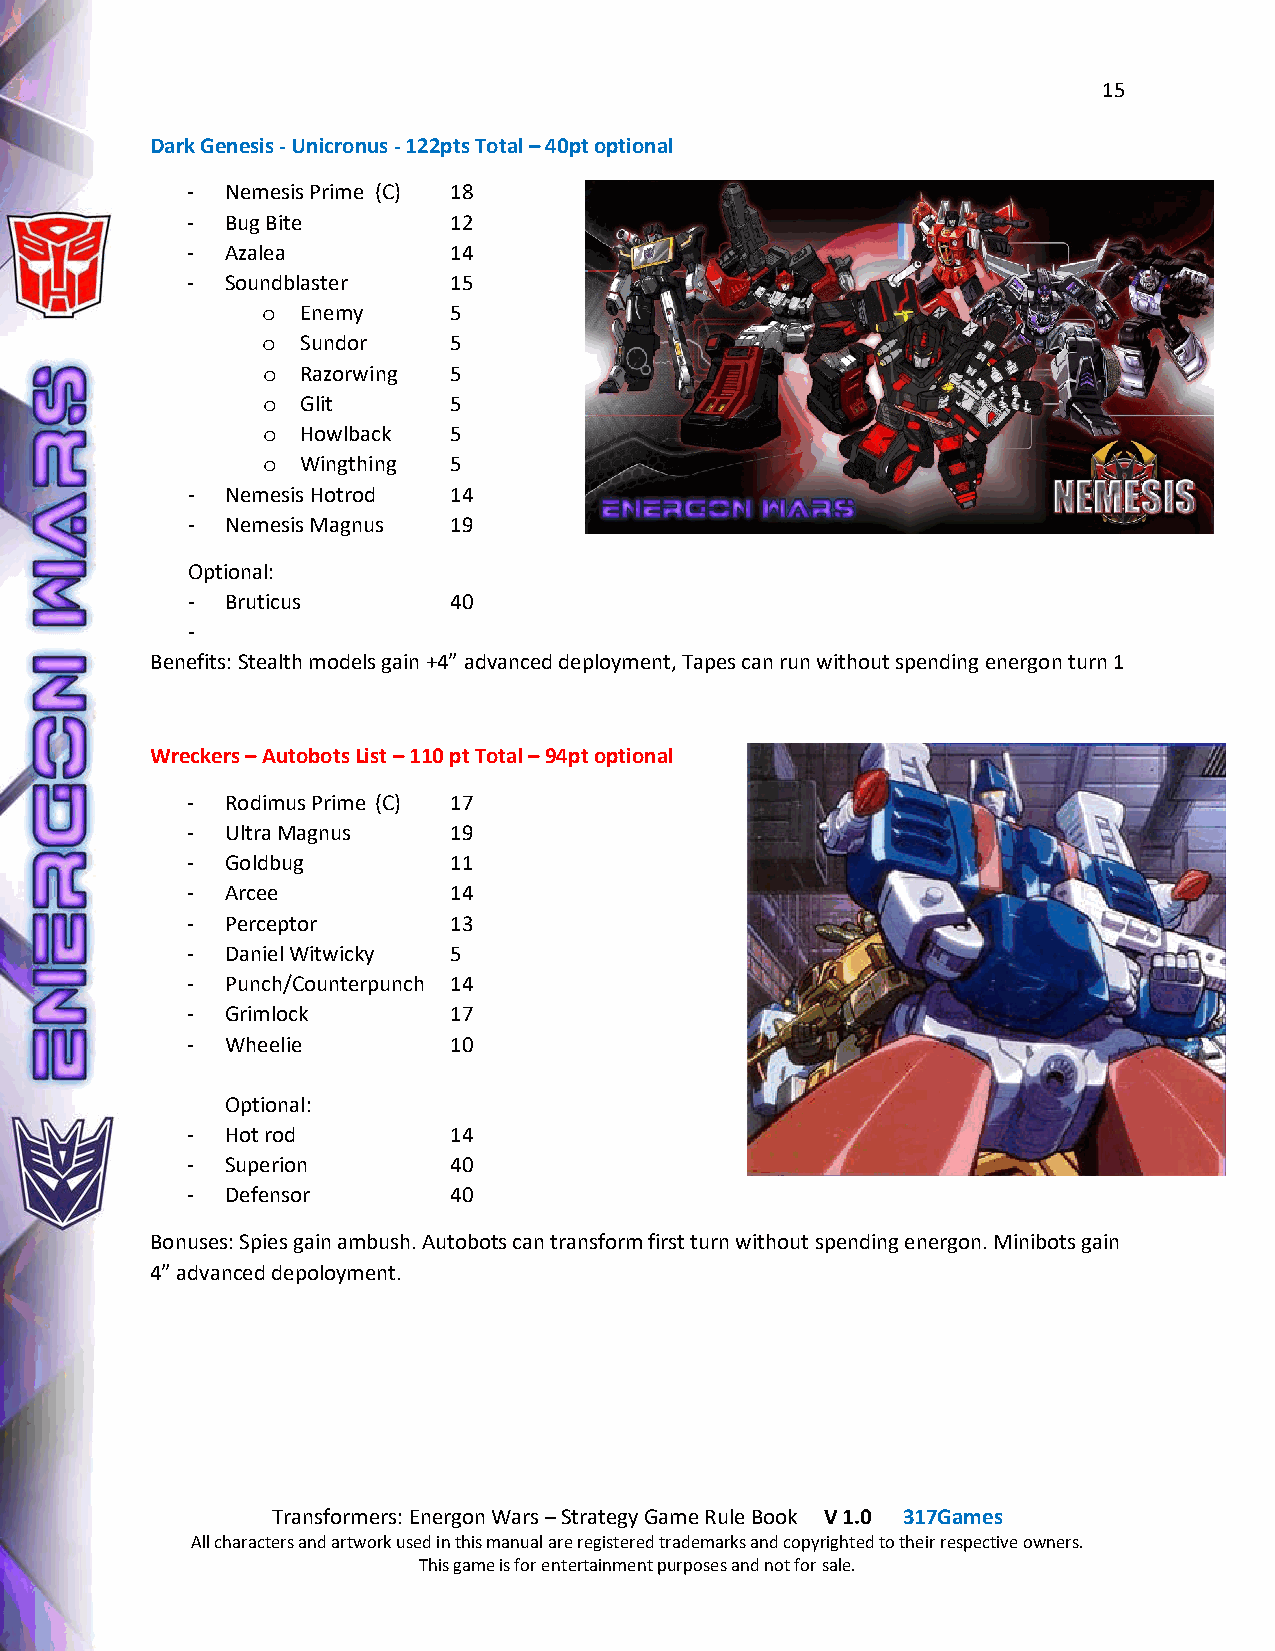
15
 Dark Genesis - Unicronus - 122pts Total – 40pt optional
 -  Nemesis Prime (C) 18
 -  Bug Bite       12
 -  Azalea         14
 -  Soundblaster   15
 Enemy     5
 o
 Sundor    5
 o
 Razorwing 5
 o
 Glit      5
 o
 Howlback  5
 o
 Wingthing 5
 o
 -  Nemesis Hotrod 14
 -  Nemesis Magnus 19
 Optional:
 -  Bruticus       40
 -
 Benefits: Stealth models gain +4” advanced deployment, Tapes can run without spending energon turn 1
 Wreckers – Autobots List – 110 pt Total – 94pt optional
 -  Rodimus Prime (C) 17
 -  Ultra Magnus   19
 -  Goldbug        11
 -  Arcee          14
 -  Perceptor      13
 -  Daniel Witwicky 5
 -  Punch/Counterpunch 14
 -  Grimlock       17
 -  Wheelie        10
 Optional:
 -  Hot rod        14
 -  Superion       40
 -  Defensor       40
 Bonuses: Spies gain ambush. Autobots can transform first turn without spending energon. Minibots gain
 4” advanced depoloyment.
 Transformers: Energon Wars – Strategy Game Rule Book V 1.0 317Games
 All characters and artwork used in this manual are registered trademarks and copyrighted to their respective owners.
 This game is for entertainment purposes and not for sale.